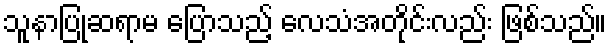
သူနာပြုဆရာမ ပြောသည့် လေသံအတိုင်းလည်း ဖြစ်သည်။